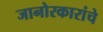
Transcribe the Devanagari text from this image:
जानोरकारांचे